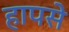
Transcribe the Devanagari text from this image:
हापसे